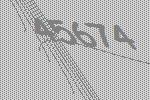
45674